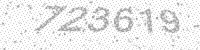
Solution: 723619